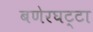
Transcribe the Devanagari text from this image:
बणेरघट्टा